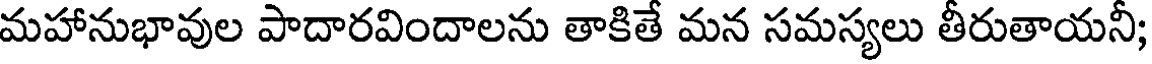
మహానుభావుల పాదారవిందాలను తాకితే మన సమస్యలు తీరుతాయనీ